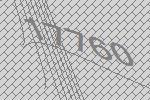
17760